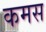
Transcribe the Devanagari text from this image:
कमस